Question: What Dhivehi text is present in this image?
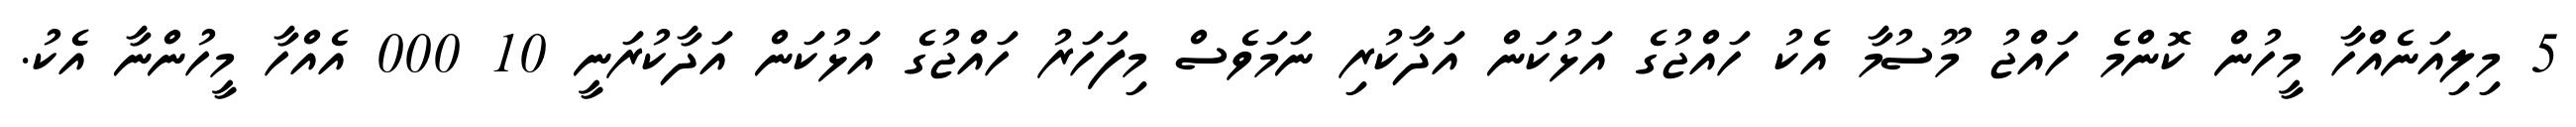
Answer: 5 މިލިއަނެއްހާ މީހުން ކޮންމެ ހައްޖު މޫސުމާ އެކު ހައްޖުގެ އަޅުކަން އަދާކުރި ނަމަވެސް މިފަހަރު ހައްޖުގެ އަޅުކަން އަދާކުރަނީ 10 000 އެއްހާ މީހުންނާ އެކު.